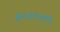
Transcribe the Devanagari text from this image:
सैन्यदलातर्फे